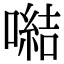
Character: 𪢍